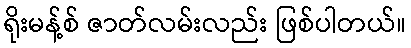
ရိုးမန့်စ် ဇာတ်လမ်းလည်း ဖြစ်ပါတယ်။